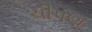
ચીપણ